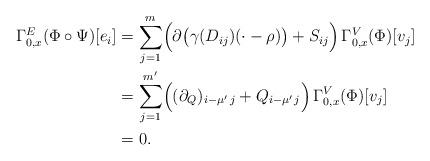
LaTeX: \begin{align*}\Gamma^E_{0,x}(\Phi\circ\Psi)[e_i]&=\sum_{j=1}^{m}\Bigl(\partial\bigl(\gamma(D_{ij})(\cdot-\rho)\bigr)+S_{ij}\Bigr)\,\Gamma^V_{0,x}(\Phi)[v_j]\\&=\sum_{j=1}^{m'}\Bigl((\partial_Q)_{i-\mu'\,j}+Q_{i-\mu'\,j}\Bigr)\,\Gamma^V_{0,x}(\Phi)[v_{j}]\\&=0.\end{align*}